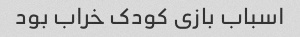
اسباب بازی کودک خراب بود